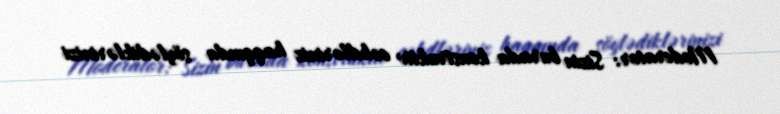
Moderator: Sizin burada konstruktiv cəhdləriniz haqqında söylədiklərinizi